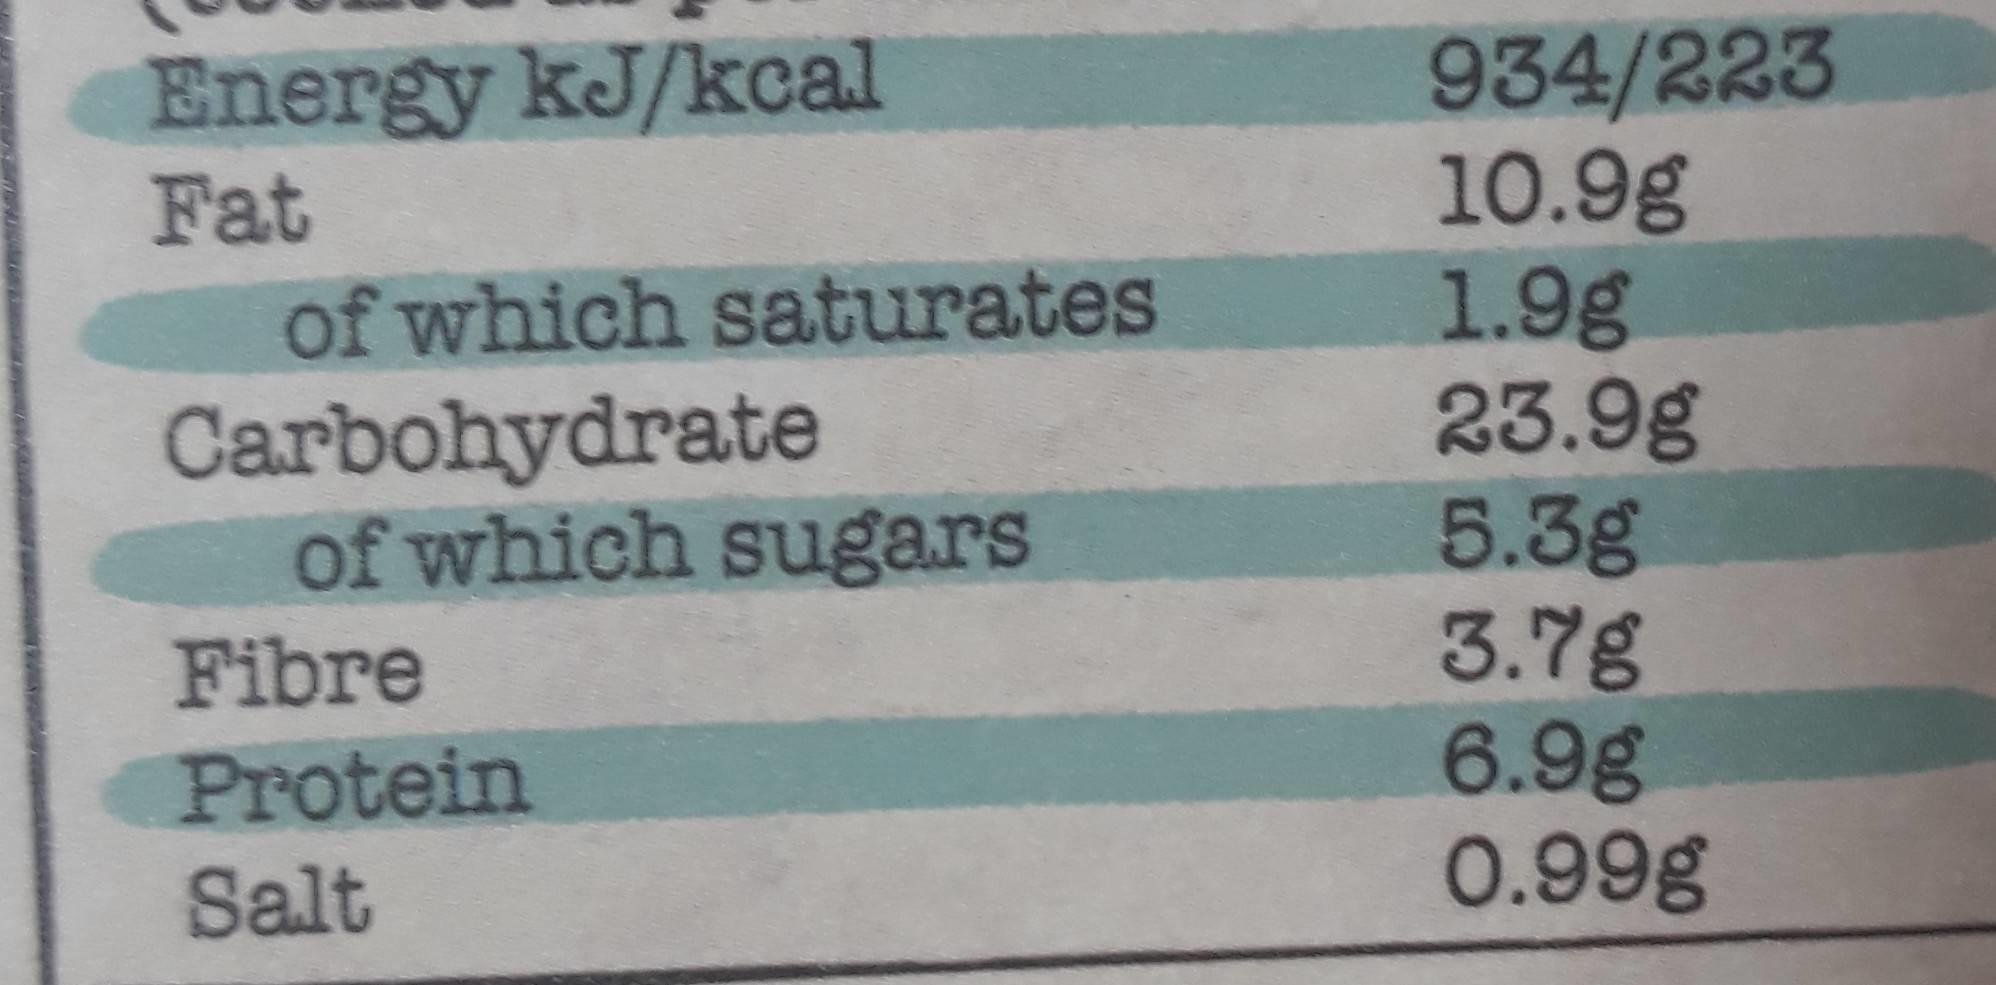
934/223 10.9g 1.9g 23.9g 5.3g 3.7g 6.9g 0.99g
Energy kJ/kcal Fat of which saturates
Carbohydrate of which sugars
Fibre
Protein
Salt